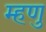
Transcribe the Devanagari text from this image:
म्हणु